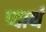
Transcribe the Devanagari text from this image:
प्दार्थ